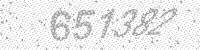
Solution: 651382